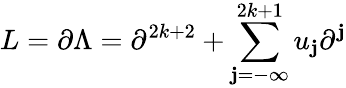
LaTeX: L=\partial\Lambda=\partial^{2k+2}+\sum_{\mathbf{j}=-\infty}^{2k+1}u_{\mathbf{j}}\partial^{\mathbf{j}}